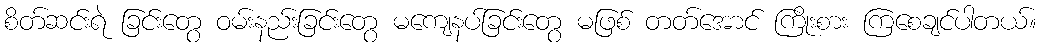
စိတ်ဆင်းရဲ ခြင်းတွေ ဝမ်းနည်းခြင်းတွေ မကျေနပ်ခြင်းတွေ မဖြစ် တတ်အောင် ကြိုးစား ကြစေချင်ပါတယ်။